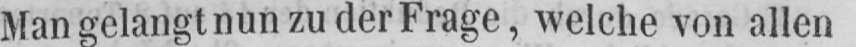
Man gelangt nun zu der Frage, welche von allen